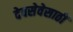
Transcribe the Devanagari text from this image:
देवसेवेसाठी